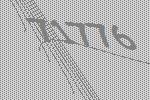
71776